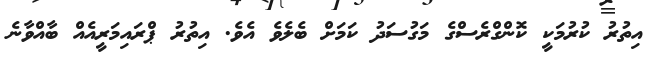
އިތުރު ކުރުމަކީ ކޮންގްރެސްގެ މަގުސަދު ކަމަށް ބެލެވެ އެވެ. އިތުރު ޕްރައިމަރީއެއް ބާއްވާނެ